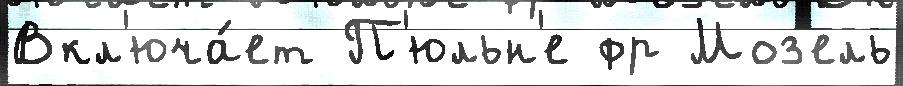
Вкл'юча́ет П'юльн'е фр Моз'ель